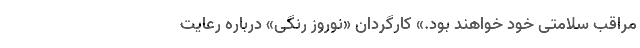
مراقب سلامتی خود خواهند بود.» کارگردان «نوروز رنگی» درباره رعایت